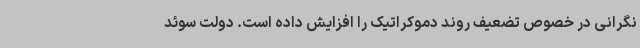
نگرانی در خصوص تضعیف روند دموکراتیک را افزایش داده است. دولت سوئد